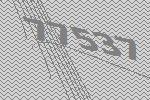
77537